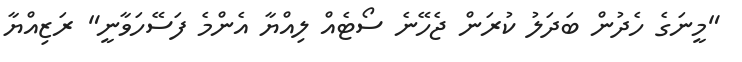
"މީނަގެ ހެދުން ބަދަލު ކުރަން ޖެހޭނެ ސޯޓެއް ލިއްޔާ އެންމެ ފަސޭހަވާނީ" ރަޒިއްޔާ